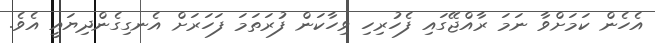
އެހެން ކަމަށްވާ ނަމަ ރާއްޖޭގައި ފެހުރިހި ވިހާކަން ފުރަތަމަ ފަހަރަށް އެނގިގެންދިޔައީ އެވެ.